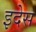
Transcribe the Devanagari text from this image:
इदेस